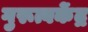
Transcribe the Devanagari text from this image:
गुरूत्वकेंद्र